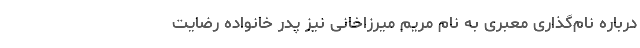
درباره نام‌گذاری معبری به نام مریم میرزاخانی نیز پدر خانواده رضایت